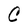
Character: C